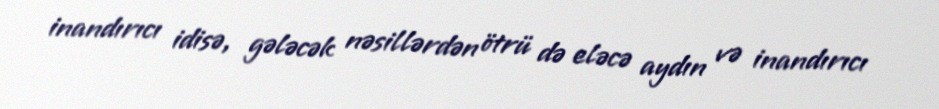
inandırıcı idisə, gələcək nəsillərdən ötrü də eləcə aydın və inandırıcı